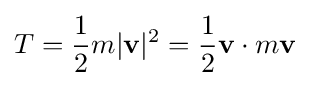
T={\frac {1}{2}}m|\mathbf {v} |^{2}={\frac {1}{2}}\mathbf {v} \cdot m\mathbf {v}